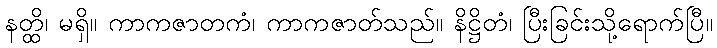
နတ္ထိ၊ မရှိ။ ကာကဇာတကံ၊ ကာကဇာတ်သည်။ နိဋ္ဌိတံ၊ ပြီးခြင်းသို့ရောက်ပြီ။